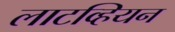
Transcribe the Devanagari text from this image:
लाटव्हियन